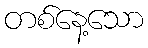
တစ်နေ့သော